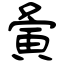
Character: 夤